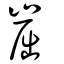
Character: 崫